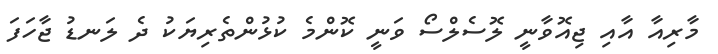
މާރިއާ އާއި ޖިއޮވާނީ ލޮސެލްސޯ ވަނީ ކޮންމެ ކުޅުންތެރިޔަކު ދެ ލަނޑު ޖާހަފަ